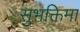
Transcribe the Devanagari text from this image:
सुभक्तिमा